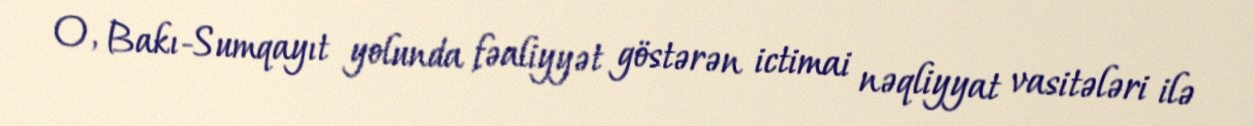
O, Bakı-Sumqayıt yolunda fəaliyyət göstərən ictimai nəqliyyat vasitələri ilə